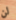
لن